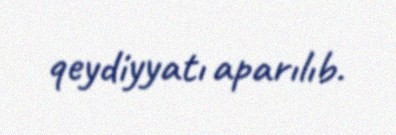
qeydiyyatı aparılıb.